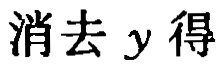
消去 \(y\) 得